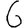
Digit: 6